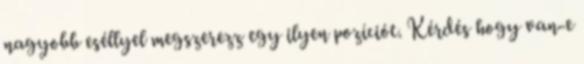
nagyobb eséllyel megszerezz egy ilyen pozíciót. Kérdés hogy van-e